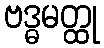
ဗဒ္ဓမတ္ထု